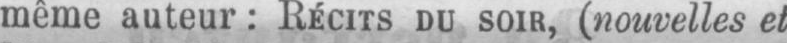
même auteur: RÈCITS DU SOIR, (nouvelles et